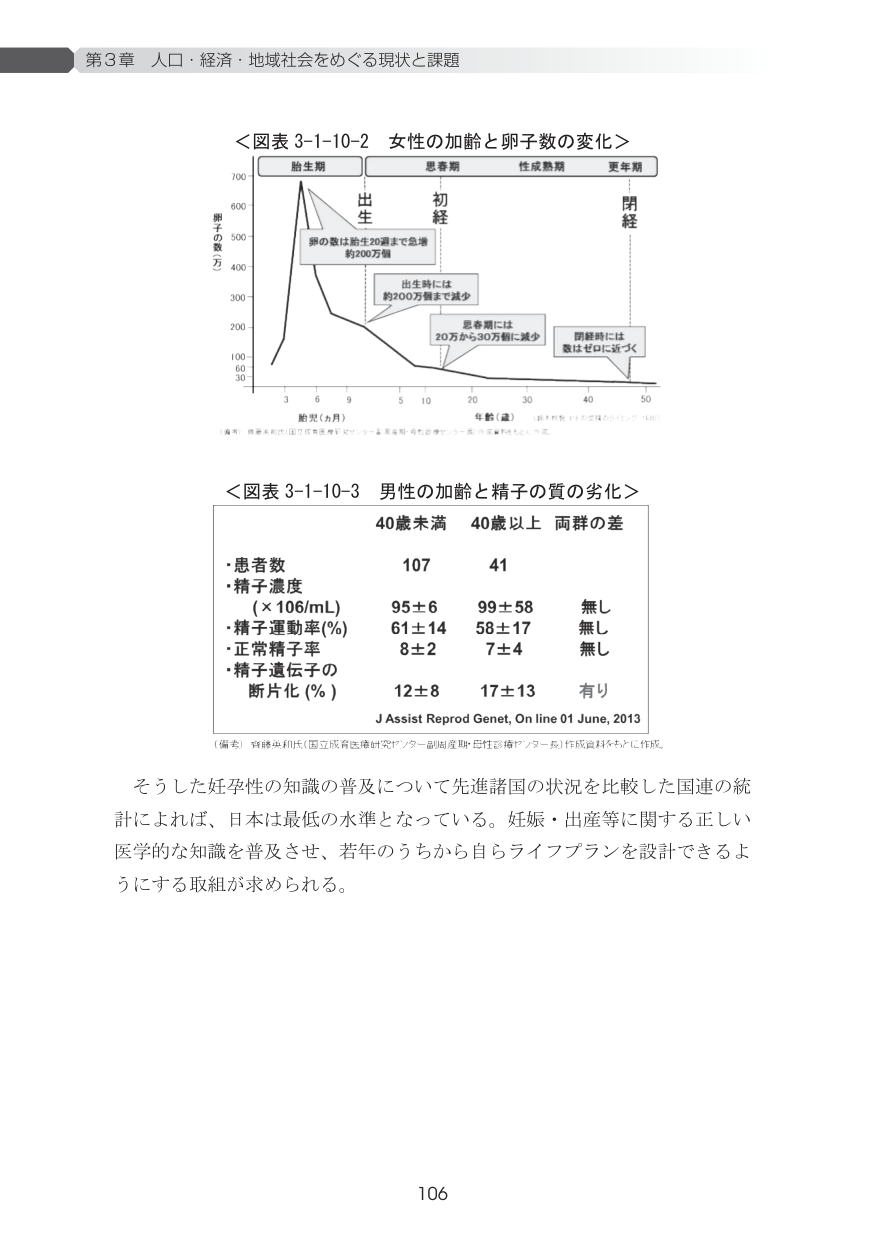
第3章 人口・経済・地域社会をめぐる現状と課題

＜図表 3-1-10-2 女性の加齢と卵子数の変化＞
胎生期 出生 初経 思春期 性成熟期 更年期 閉経
卵子の数（万）
700
600
500
400
300
200
100
60
30
胎生（ヵ月） 年齢（歳）
3 6 9 5 10 20 30 40 50
卵の数は胎生20週まで急増
約200万個
出生時には
約200万個まで減少
思春期には
20万から30万個に減少
閉経時には
数はゼロに近づく
（備考） 経済産業省「国立成育医療研究センター」資料等をもとに作成。

＜図表 3-1-10-3 男性の加齢と精子の質の劣化＞
40歳未満 40歳以上 両群の差
・患者数 107 41
・精子濃度 （×106/mL） 95±6 99±58 無し
・精子運動率（%） 61±14 58±17 無し
・正常精子率 8±2 7±4 無し
・精子遺伝子の断片化（%） 12±8 17±13 有り
J Assist Reprod Genet, On line 01 June, 2013
（備考） 齊藤英和氏（国立成育医療研究センター副総括理・母性診療センター長）作成資料等をもとに作成。

そうした妊孕性の知識の普及について先進諸国の状況を比較した国連の統計によれば、日本は最低の水準となっている。妊娠・出産等に関する正しい医学的な知識を普及させ、若年のうちから自らライフプランを設計できるようにする取組が求められる。

106